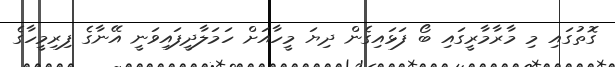
ގޮތުގައި މި މާރާމާރީގައި ބޯ ފަޅައިގެން ދިޔަ މީހާއަށް ހަމަލާދީފައިވަނީ އޭނާގެ ފިރިމީހާގެ